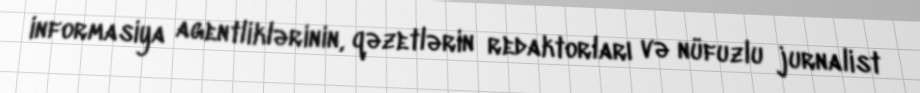
informasiya agentliklərinin, qəzetlərin redaktorları və nüfuzlu jurnalist